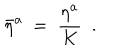
{ \bar { \eta } } ^ { a } \ = \ \frac { \eta ^ { a } } { K } \ \ .